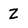
Character: Z